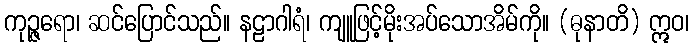
ကုဉ္ဇရော၊ ဆင်ပြောင်သည်။ နဠာဂါရံ၊ ကျူဖြင့်မိုးအပ်သောအိမ်ကို။ (ဓုနာတိ) ဣဝ၊